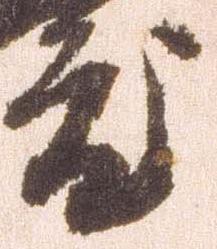
度